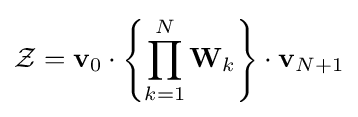
{\mathcal {Z}}=\mathbf {v} _{0}\cdot \left\{\prod _{k=1}^{N}\mathbf {W} _{k}\right\}\cdot \mathbf {v} _{N+1}